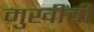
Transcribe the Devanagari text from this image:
मुखींची